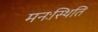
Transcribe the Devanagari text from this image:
मनःस्‍थिति